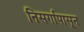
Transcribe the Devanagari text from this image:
निसर्गापासून